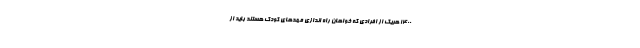
۱۴۰۰ هریک از افرادی که خواهان راه اندازی مهد‌های کودک هستند باید از